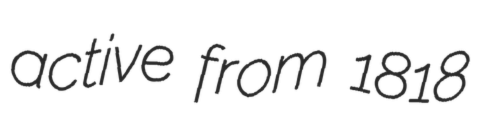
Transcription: active from 1818